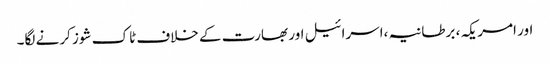
اور امریکہ ، برطانیہ ،اسرائیل اور بھارت کے خلاف ٹاک شوز کرنے لگا۔